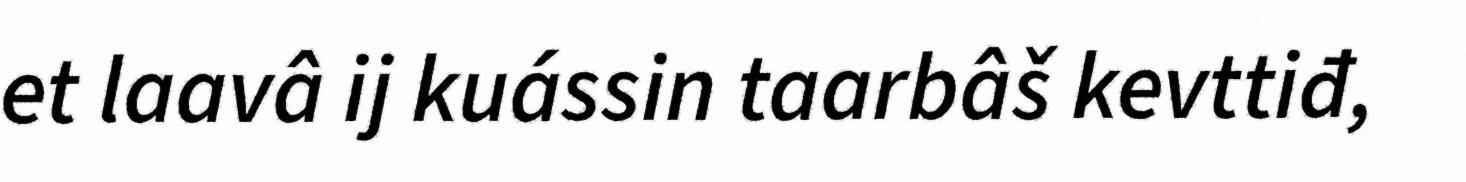
et laavâ ij kuássin taarbâš kevttiđ,